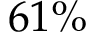
6 1 \%